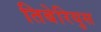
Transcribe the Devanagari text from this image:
तिबेरियुस